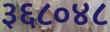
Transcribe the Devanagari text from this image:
३६८०४८